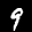
Label: 9